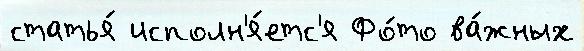
статья́ исполн'я́етс'я Фо́то ва́жных